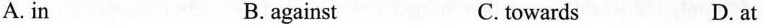
A. in B.against C. towards D. at